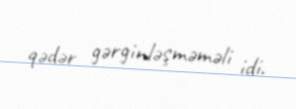
qədər gərginləşməməli idi.